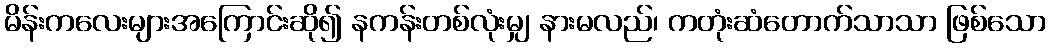
မိန်းကလေးများအကြောင်းဆို၍ နကန်းတစ်လုံးမျှ နားမလည်၊ ကတုံးဆံတောက်သာသာ ဖြစ်သော